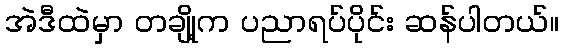
အဲဒီထဲမှာ တချို့က ပညာရပ်ပိုင်း ဆန်ပါတယ်။